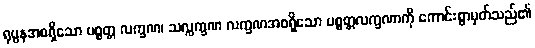
ရုပ္ပနအစရှိသော ပစ္စတ္တ လက္ခဏ၊ သလ္လက္ခဏ လက္ခဏအစရှိသော ပစ္စတ္တလက္ခဏာကို ကောင်းစွာမှတ်သည်၏